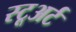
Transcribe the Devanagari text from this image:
स्टूअर्ट